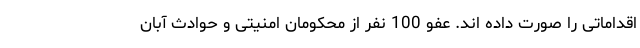
اقداماتی را صورت داده اند. عفو 100 نفر از محکومان امنیتی و حوادث آبان